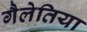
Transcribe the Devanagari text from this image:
गैलेतिया